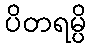
ပိတရမ္ပိ